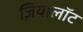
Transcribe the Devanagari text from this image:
ज़ियालॉट